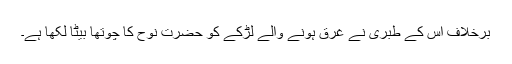
برخلاف اس کے طبری نے غرق ہونے والے لڑکے کو حضرت نوح کا چوتھا بیٹا لکھا ہے۔